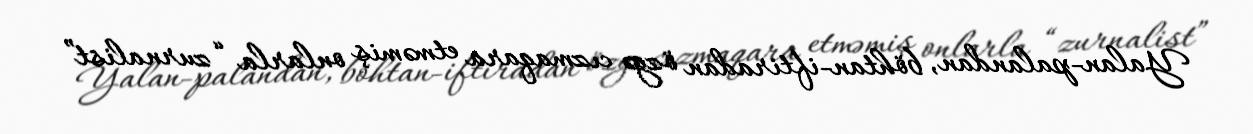
Yalan-palandan, böhtan-iftiradan özgə cızmaqara etməmiş onlarla “zurnalist”